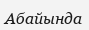
Абайында